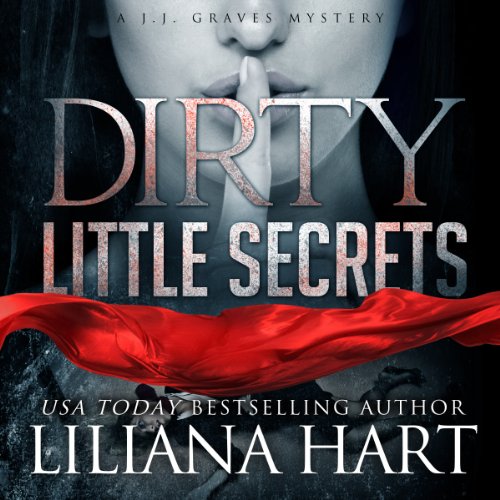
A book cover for Dirty Little Secrets: A J.J. Graves Mystery, Book 1; Liliana Hart; Literature & Fiction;